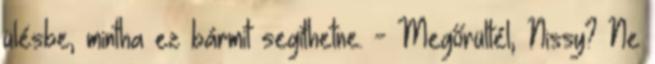
ülésbe, mintha ez bármit segíthetne. - Megőrültél, Nissy? Ne